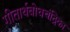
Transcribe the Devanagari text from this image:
गीतार्थबोधचंद्रिका